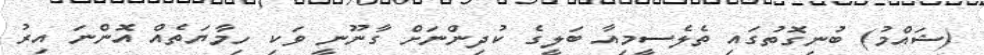
(ޝައްމު) ބުނިގޮތުގައި ތެލެސީމިއާ ބަލީގެ ކުދިންނަށް ގާނޫނީ ވަކި ހިމާޔަތެއް އޮންނަ އިރު